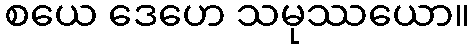
စယေ ဒေဟေ သမုဿယော။